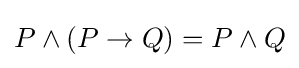
P\wedge (P\rightarrow Q)=P\wedge Q